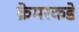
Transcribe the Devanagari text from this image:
क्रेमरकडे